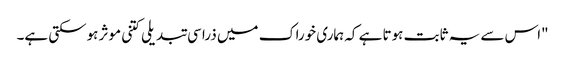
"اس سے یہ ثابت ہوتا ہے کہ ہماری خوراک میں ذرا سی تبدیلی کتنی موثر ہوسکتی ہے۔